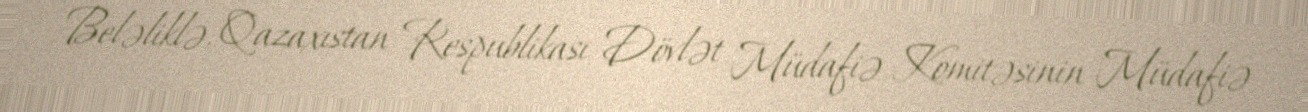
Beləliklə, Qazaxıstan Respublikası Dövlət Müdafiə Komitəsinin Müdafiə